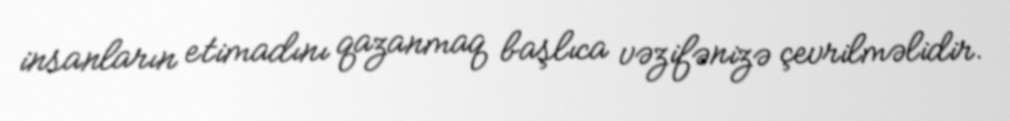
insanların etimadını qazanmaq başlıca vəzifənizə çevrilməlidir.